画像に写った文字を読んでください
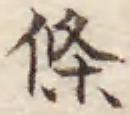
「條」と書いてあります